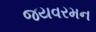
જયવરમન